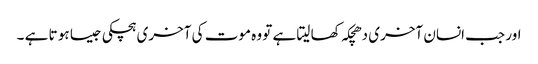
اور جب انسان آخری دھچکہ کھا لیتا ہے تو وہ موت کی آخری ہچکی جیسا ہو تا ہے ۔